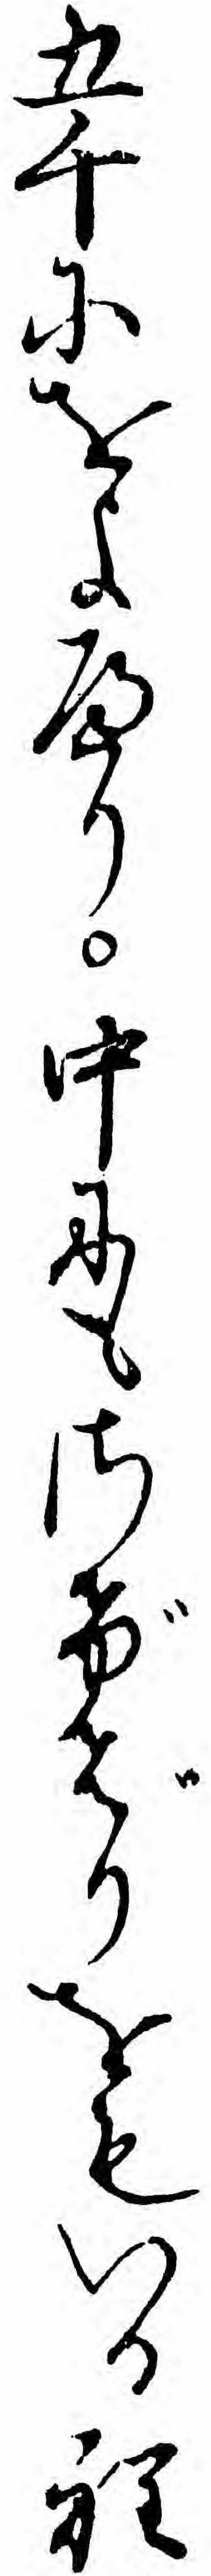
五千にをよへり中にもさげばりをもいる程